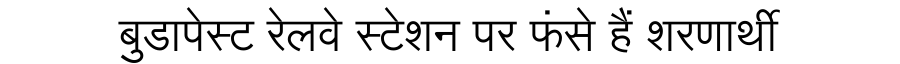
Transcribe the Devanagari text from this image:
बुडापेस्ट रेलवे स्टेशन पर फंसे हैं शरणार्थी